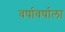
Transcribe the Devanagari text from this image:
वर्षावर्षाला